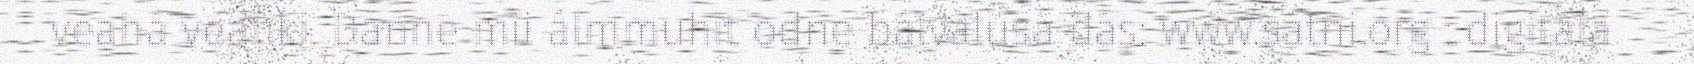
veahá veahki. Danne mii álmmuhit odne bálvalusa dás: www.sátni.org : digitála